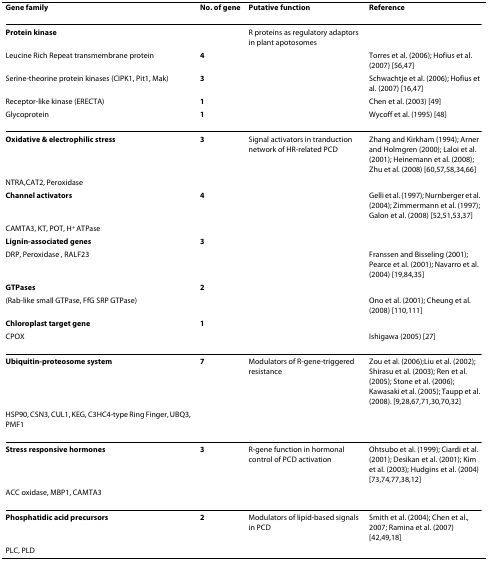
<table><thead><tr><td><b>Gene family</b></td><td><b>No. of gene</b></td><td><b>Putative function</b></td><td><b>Reference</b></td></tr></thead><tbody><tr><td><b>Protein kinase</b></td><td></td><td>R proteins as regulatory adaptors in plant apotosomes</td><td></td></tr><tr><td>Leucine Rich Repeat transmembrane protein</td><td><b>4</b></td><td></td><td>Torres et al. (2006); Hofius et al. (2007) [56,47]</td></tr><tr><td>Serine-theorine protein kinases (CIPK1, Pit1, Mak)</td><td><b>3</b></td><td></td><td>Schwachtje et al. (2006); Hofius et al. (2007) [16,47]</td></tr><tr><td>Receptor-like kinase (ERECTA)</td><td><b>1</b></td><td></td><td>Chen et al. (2003) [49]</td></tr><tr><td>Glycoprotein</td><td><b>1</b></td><td></td><td>Wycoff et al. (1995) [48]</td></tr><tr><td><b>Oxidative &amp; electrophilic stress</b></td><td><b>3</b></td><td>Signal activators in tranduction network of HR-related PCD</td><td>Zhang and Kirkham (1994); Arner and Holmgren (2000); Laloi et al. (2001); Heinemann et al. (2008); Zhu et al. (2008) [60,57,58,34,66]</td></tr><tr><td>NTRA,CAT2, Peroxidase</td><td></td><td></td><td></td></tr><tr><td><b>Channel activators</b></td><td><b>4</b></td><td></td><td>Gelli et al. (1997); Nurnberger et al. (2004); Zimmermann et al. (1997); Galon et al. (2008) [52,51,53,37]</td></tr><tr><td>CAMTA3, KT, POT, H<sup>+ </sup>ATPase</td><td></td><td></td><td></td></tr><tr><td><b>Lignin-associated genes</b></td><td><b>3</b></td><td></td><td></td></tr><tr><td>DRP, Peroxidase , RALF23</td><td></td><td></td><td>Franssen and Bisseling (2001); Pearce et al. (2001); Navarro et al. (2004) [19,84,35]</td></tr><tr><td><b>GTPases</b></td><td><b>2</b></td><td></td><td></td></tr><tr><td>(Rab-like small GTPase, FfG SRP GTPase)</td><td></td><td></td><td>Ono et al. (2001); Cheung et al. (2008) [110,111]</td></tr><tr><td><b>Chloroplast target gene</b></td><td><b>1</b></td><td></td><td></td></tr><tr><td>CPOX</td><td></td><td></td><td>Ishigawa (2005) [27]</td></tr><tr><td><b>Ubiquitin-proteosome system</b></td><td><b>7</b></td><td>Modulators of R-gene-triggered resistance</td><td>Zou et al. (2006);Liu et al. (2002); Shirasu et al. (2003); Ren et al. (2005); Stone et al. (2006); Kawasaki et al. (2005); Taupp et al. (2008). [9,28,67,71,30,70,32]</td></tr><tr><td>HSP90, CSN3, CUL1, KEG, C3HC4-type Ring Finger, UBQ3, PMF1</td><td></td><td></td><td></td></tr><tr><td><b>Stress responsive hormones</b></td><td><b>3</b></td><td>R-gene function in hormonal control of PCD activation</td><td>Ohtsubo et al. (1999); Ciardi et al. (2001); Desikan et al. (2001); Kim et al. (2003); Hudgins et al. (2004) [73,74,77,38,12]</td></tr><tr><td>ACC oxidase, MBP1, CAMTA3</td><td></td><td></td><td></td></tr><tr><td><b>Phosphatidic acid precursors</b></td><td><b>2</b></td><td>Modulators of lipid-based signals in PCD</td><td>Smith et al. (2004); Chen et al., 2007; Ramina et al. (2007) [42,49,18]</td></tr><tr><td>PLC, PLD</td><td></td><td></td><td></td></tr></tbody></table>